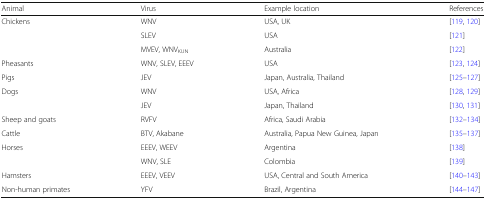
<table><thead><tr><td><b>Animal</b></td><td><b>Virus</b></td><td><b>Example location</b></td><td><b>References</b></td></tr></thead><tbody><tr><td rowspan="3">Chickens</td><td>WNV</td><td>USA, UK</td><td>[119, 120]</td></tr><tr><td>SLEV</td><td>USA</td><td>[121]</td></tr><tr><td>MVEV, WNV<sub>KUN</sub></td><td>Australia</td><td>[122]</td></tr><tr><td>Pheasants</td><td>WNV, SLEV, EEEV</td><td>USA</td><td>[123, 124]</td></tr><tr><td>Pigs</td><td>JEV</td><td>Japan, Australia, Thailand</td><td>[125–127]</td></tr><tr><td rowspan="2">Dogs</td><td>WNV</td><td>USA, Africa</td><td>[128, 129]</td></tr><tr><td>JEV</td><td>Japan, Thailand</td><td>[130, 131]</td></tr><tr><td>Sheep and goats</td><td>RVFV</td><td>Africa, Saudi Arabia</td><td>[132–134]</td></tr><tr><td>Cattle</td><td>BTV, Akabane</td><td>Australia, Papua New Guinea, Japan</td><td>[135–137]</td></tr><tr><td rowspan="2">Horses</td><td>EEEV, WEEV</td><td>Argentina</td><td>[138]</td></tr><tr><td>WNV, SLE</td><td>Colombia</td><td>[139]</td></tr><tr><td>Hamsters</td><td>EEEV, VEEV</td><td>USA, Central and South America</td><td>[140–143]</td></tr><tr><td>Non-human primates</td><td>YFV</td><td>Brazil, Argentina</td><td>[144–147]</td></tr></tbody></table>